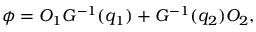
\phi = O _ { 1 } G ^ { - 1 } ( q _ { 1 } ) + G ^ { - 1 } ( q _ { 2 } ) O _ { 2 } ,